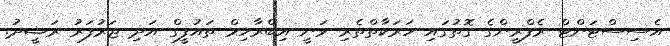
އެސިސްޓަންޓް ރެފްރީންގެ ގޮތުގައި ހަރަކާތްތެރި ވަނީ އިބްރާހިމް ތައުފީގް އަދި ޖަރުފަރު ރަޝީދު.